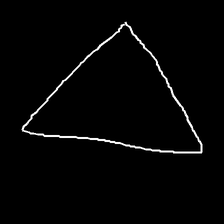
Glyph: convergence